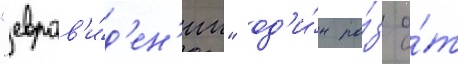
"евров'и́д'ен'ии" од'и́н ра́з о́т